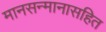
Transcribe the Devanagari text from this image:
मानसन्मानासहित